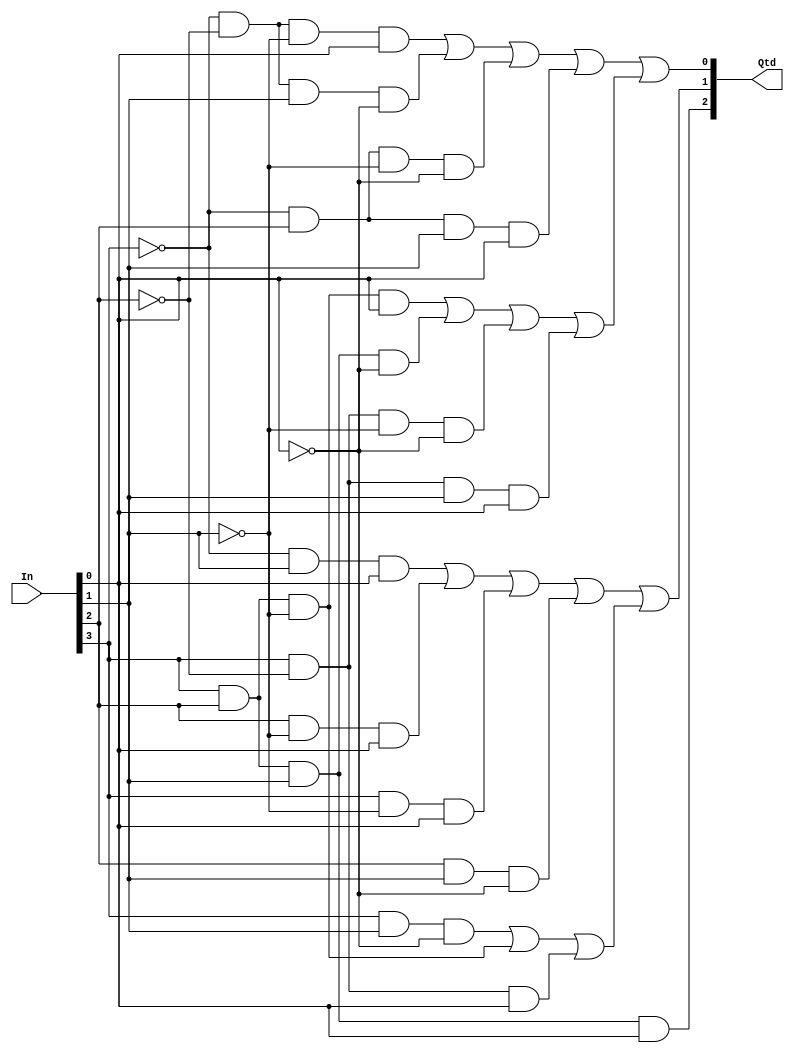
/*
	Mdulo para converter, em binrio, se 4 vagas esto sendo utilizadas
*/
module convert_occupations(Qtd, In);
	input [3:0] In;// Barramento indicando se a vaga est Ocupada ou vazia
	output [2:0] Qtd;// Quantidade de vagas ocupadas
   
	wire In0_Inv, In1_Inv, In2_Inv, In3_Inv;
	wire Wire1, Wire2, Wire3, Wire4, Wire5, Wire6, Wire7, Wire8, Wire9, Wire10;
	
	not Inv0(In0_Inv, In[0]);
	not Inv1(In1_Inv, In[1]);
	not Inv2(In2_Inv, In[2]);
	not Inv3(In3_Inv, In[3]);
	
	// Bit LSB
	and And1(Wire1, In3_Inv, In2_Inv, In1_Inv, In[0]);
	and And2(Wire2, In3_Inv, In2_Inv, In[1], In0_Inv);
	and And3(Wire3, In3_Inv, In[2], In1_Inv, In0_Inv);
	and And4(Wire4, In3_Inv, In[2], In[1], In[0]);
	and And5(Wire5, In[3], In[2], In1_Inv, In[0]);
	and And6(Wire6, In[3], In[2], In[1], In0_Inv);
	and And7(Wire7, In[3], In2_Inv, In1_Inv, In0_Inv);
	and And8(Wire8, In[3], In2_Inv, In[1], In[0]);
	or Or1(Wire9, Wire1, Wire2, Wire3, Wire4);
	or Or2(Wire10, Wire5, Wire6, Wire7, Wire8);
	or Or3(Qtd[0], Wire9, Wire10);
	
	// Bit MSB
	and And0(Qtd[2], In[3], In[2], In[1], In[0]);
	
	// Bit meio
	wire Wire11, Wire12, Wire13, Wire14, Wire15, Wire16, Wire17, Wire18, Wire19;
	and And9(Wire11, In3_Inv, In[1], In[0]);
	and And10(Wire12, In[2], In1_Inv, In[0]);
	and And11(Wire13, In[3], In1_Inv, In[0]);
	and And12(Wire14, In[2], In[1], In0_Inv);
	and And13(Wire15, In[3], In[1], In0_Inv);
	and And14(Wire16, In[3], In[2], In1_Inv);
	and And15(Wire17, In[3], In2_Inv, In[0]);
	or Or4(Wire18, Wire11, Wire12, Wire13, Wire14);
	or Or5(Wire19, Wire15, Wire16, Wire17);
	or Or6(Qtd[1], Wire18, Wire19);
	
  
endmodule